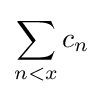
\sum _{n<x}c_{n}